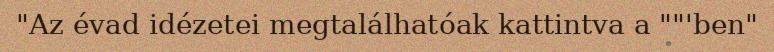
Az évad idézetei megtalálhatóak kattintva a "'ben